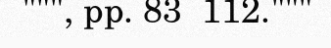
""", pp. 83  112."""